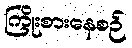
ကြိုးစားနေစဉ်